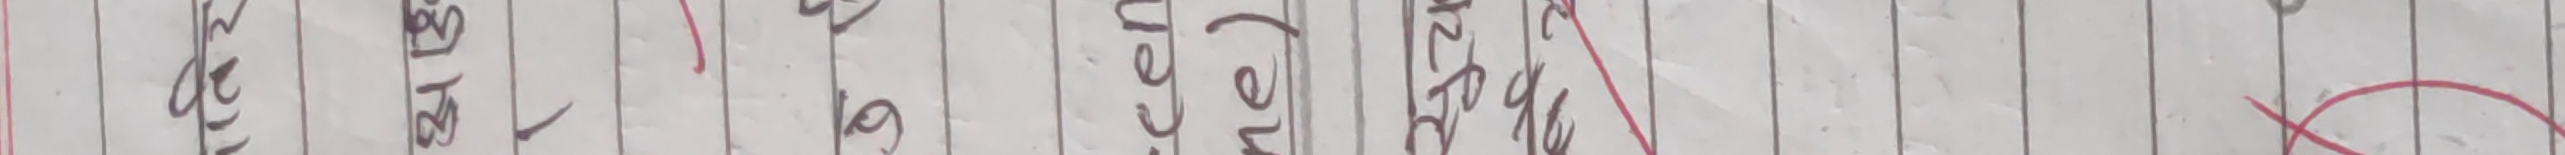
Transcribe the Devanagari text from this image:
के गरिन्छ । (जेनेरल)